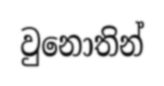
වුනොතින්